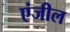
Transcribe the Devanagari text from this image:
एंजील